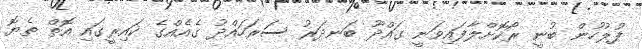
ފުލުހުން ބުނީ ރޯކޮށްލާފައިވަނީ ގައްދޫ ބަނދަރު ސަރަހައްދު ގެއެއްގެ ކައިރީގައި އޮތް ތެޔޮ